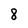
Character: 8